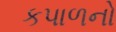
કપાળનો